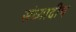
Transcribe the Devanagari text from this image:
संध्यादीप